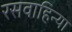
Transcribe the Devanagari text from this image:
रसवाहिन्या